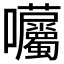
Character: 𡆜